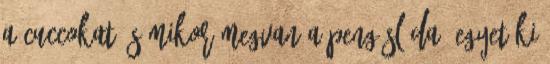
a cuccokat és mikor megvan a pengésláda, egyet ki